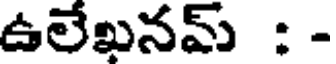
ఉలేఖనమ్ : -